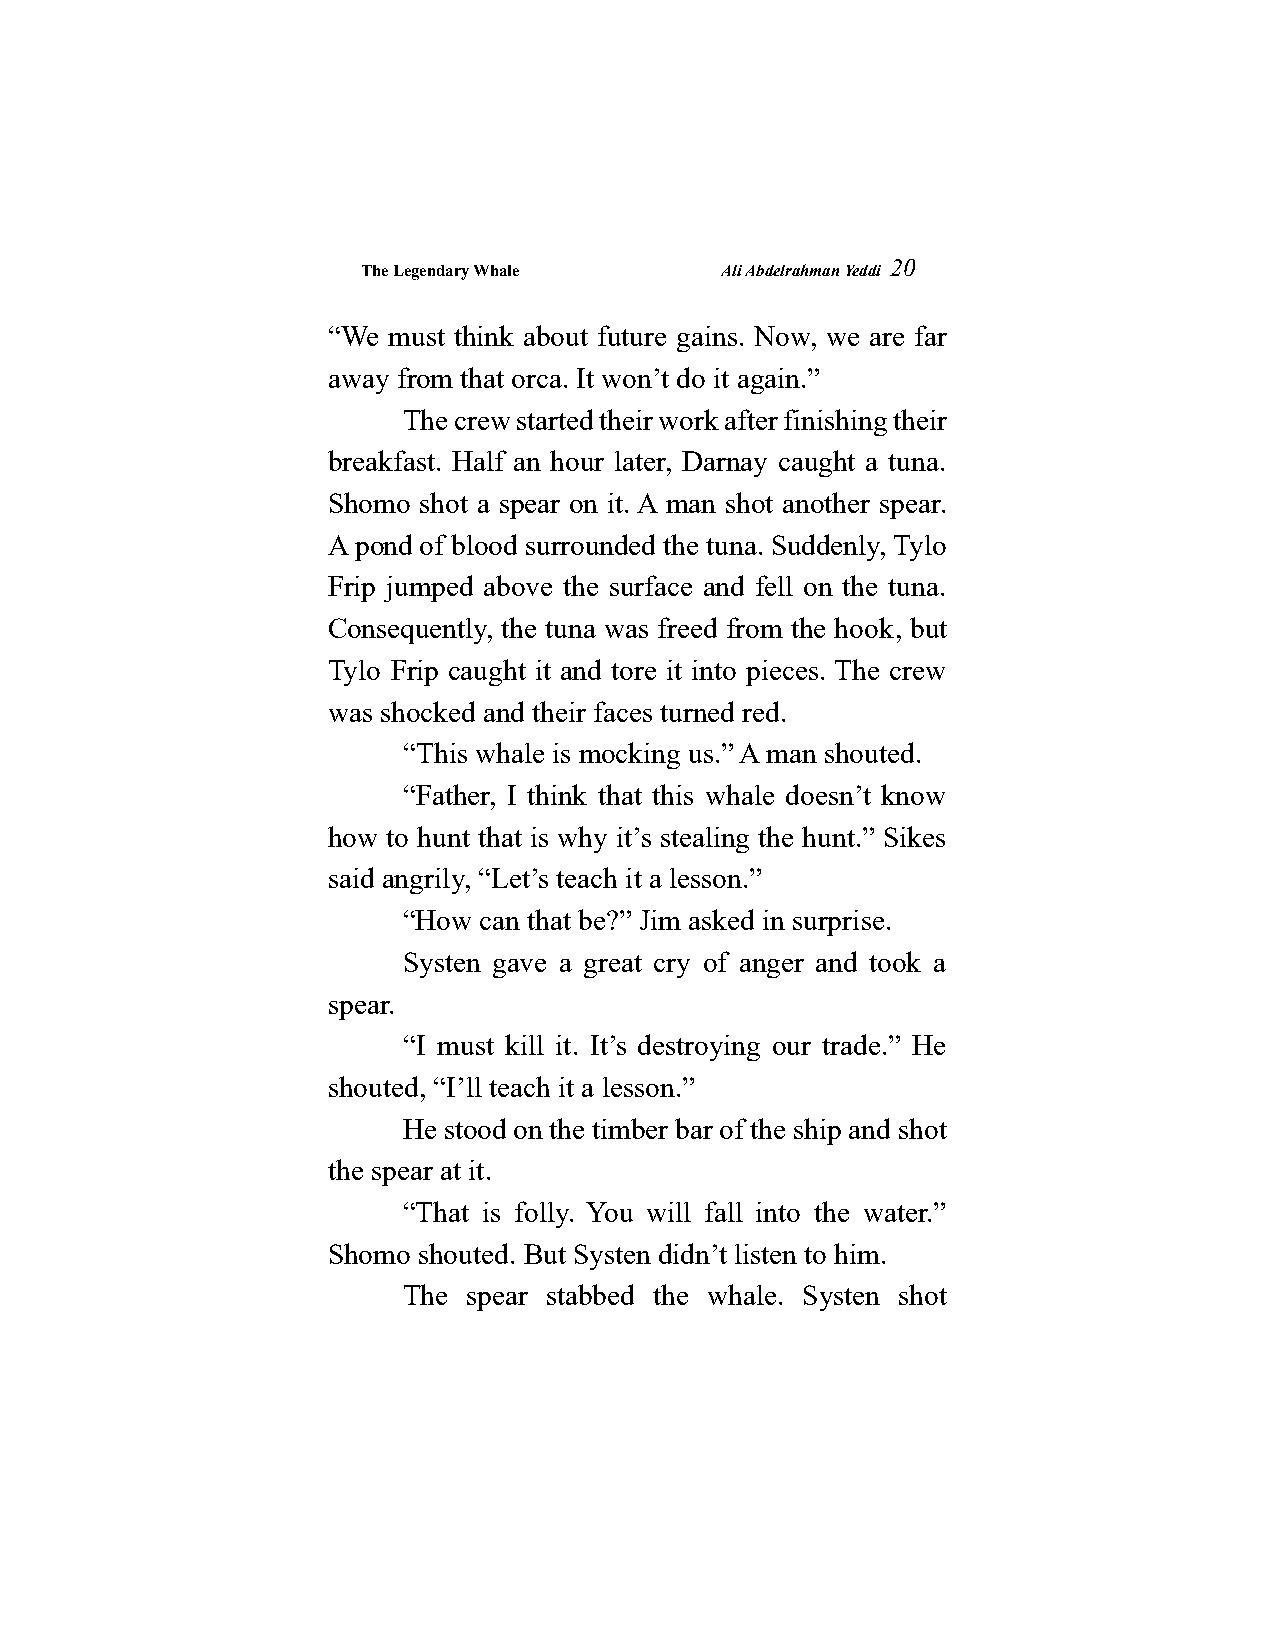
The Legendary Whale     Ali Abdelrahman Yeddi
 20
 “We must think about future gains. Now, we are far
 away from that orca. It won’t do it again.”
 The crew started their work after finishing their
 breakfast. Half an hour later, Darnay caught a tuna.
 Shomo shot a spear on it. A man shot another spear.
 A pond of blood surrounded the tuna. Suddenly, Tylo
 Frip jumped above the surface and fell on the tuna.
 Consequently, the tuna was freed from the hook, but
 Tylo Frip caught it and tore it into pieces. The crew
 was shocked and their faces turned red.
 “This whale is mocking us.” A man shouted.
 “Father, I think that this whale doesn’t know
 how to hunt that is why it’s stealing the hunt.” Sikes
 said angrily, “Let’s teach it a lesson.”
 “How can that be?” Jim asked in surprise.
 Systen gave a great cry of anger and took a
 spear.
 “I must kill it. It’s destroying our trade.” He
 shouted, “I’ll teach it a lesson.”
 He stood on the timber bar of the ship and shot
 the spear at it.
 “That is folly. You will fall into the water.”
 Shomo shouted. But Systen didn’t listen to him.
 The spear stabbed the whale. Systen shot